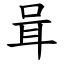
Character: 咠